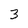
Character: 3